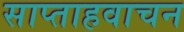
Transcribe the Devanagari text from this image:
साप्ताहवाचन